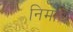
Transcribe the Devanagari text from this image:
निर्मोघ